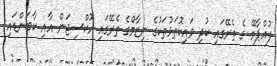
ފުއްޕާމޭ ގެ ތެރޭގައި ކުދި ވައިކޮތަޅުތަކުގެ ނިޒާމްގެ ތެރޭގައި އޮކްސިޖަން އާއި ކާބަންޑައި